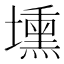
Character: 壎